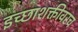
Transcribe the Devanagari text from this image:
इच्छाशक्तीवरच